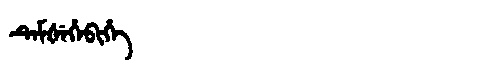
Manchu: ᡨᡝᠮᡧᡝᡥᡝᠪᡳᡥᡝ
Romanization: TEMŠEHEBIHE